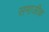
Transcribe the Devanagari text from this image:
समाजीक